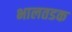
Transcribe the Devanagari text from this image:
भालतडक